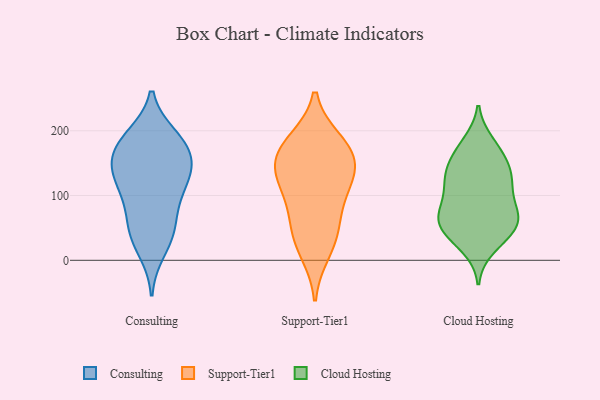
{"axis": {"x": "Website Visitors", "y": "Value"}, "legend": ["Cloud Hosting", "Consulting", "Support-Tier1"], "data": [{"x": "", "y": 154, "type": "Consulting"}, {"x": "", "y": 180, "type": "Consulting"}, {"x": "", "y": 43, "type": "Consulting"}, {"x": "", "y": 140, "type": "Consulting"}, {"x": "", "y": 182, "type": "Consulting"}, {"x": "", "y": 187, "type": "Consulting"}, {"x": "", "y": 45, "type": "Consulting"}, {"x": "", "y": 143, "type": "Consulting"}, {"x": "", "y": 50, "type": "Consulting"}, {"x": "", "y": 191, "type": "Consulting"}, {"x": "", "y": 113, "type": "Consulting"}, {"x": "", "y": 97, "type": "Consulting"}, {"x": "", "y": 148, "type": "Consulting"}, {"x": "", "y": 90, "type": "Consulting"}, {"x": "", "y": 129, "type": "Consulting"}, {"x": "", "y": 15, "type": "Consulting"}, {"x": "", "y": 103, "type": "Support-Tier1"}, {"x": "", "y": 184, "type": "Support-Tier1"}, {"x": "", "y": 127, "type": "Support-Tier1"}, {"x": "", "y": 49, "type": "Support-Tier1"}, {"x": "", "y": 145, "type": "Support-Tier1"}, {"x": "", "y": 158, "type": "Support-Tier1"}, {"x": "", "y": 183, "type": "Support-Tier1"}, {"x": "", "y": 13, "type": "Support-Tier1"}, {"x": "", "y": 163, "type": "Support-Tier1"}, {"x": "", "y": 128, "type": "Support-Tier1"}, {"x": "", "y": 36, "type": "Support-Tier1"}, {"x": "", "y": 79, "type": "Support-Tier1"}, {"x": "", "y": 77, "type": "Cloud Hosting"}, {"x": "", "y": 20, "type": "Cloud Hosting"}, {"x": "", "y": 69, "type": "Cloud Hosting"}, {"x": "", "y": 43, "type": "Cloud Hosting"}, {"x": "", "y": 141, "type": "Cloud Hosting"}, {"x": "", "y": 71, "type": "Cloud Hosting"}, {"x": "", "y": 135, "type": "Cloud Hosting"}, {"x": "", "y": 181, "type": "Cloud Hosting"}, {"x": "", "y": 172, "type": "Cloud Hosting"}, {"x": "", "y": 45, "type": "Cloud Hosting"}, {"x": "", "y": 108, "type": "Cloud Hosting"}, {"x": "", "y": 106, "type": "Cloud Hosting"}, {"x": "", "y": 35, "type": "Cloud Hosting"}, {"x": "", "y": 169, "type": "Cloud Hosting"}, {"x": "", "y": 115, "type": "Cloud Hosting"}, {"x": "", "y": 57, "type": "Cloud Hosting"}, {"x": "", "y": 133, "type": "Cloud Hosting"}, {"x": "", "y": 65, "type": "Cloud Hosting"}, {"x": "", "y": 65, "type": "Cloud Hosting"}, {"x": "", "y": 138, "type": "Cloud Hosting"}]}